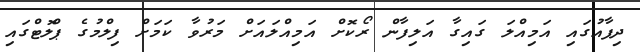
ދިފާއުގައި އަމިއްލަ ގައިގާ އަލިފާން ރޯކޮށް އަމިއްލައަށް މަރުވާ ކަމަށް ފިލްމުގެ ޕްލޮޓްގައި